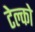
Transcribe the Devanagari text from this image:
टेल्‍को